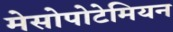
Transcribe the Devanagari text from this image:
मेसोपोटेमियन